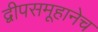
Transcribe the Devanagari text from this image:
द्वीपसमूहानेच